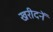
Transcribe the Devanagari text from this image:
खरीदनें